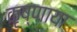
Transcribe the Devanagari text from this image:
कृष्णाया